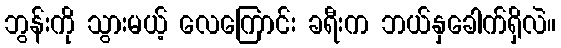
ဘွန်းကို သွားမယ့် လေကြောင်း ခရီးက ဘယ်နှခေါက်ရှိလဲ။